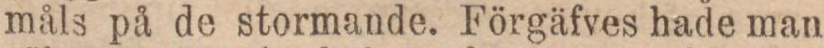
måls på de stormande. Förgäfves hade man